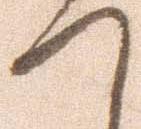
て